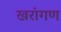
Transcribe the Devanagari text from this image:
खरांगण